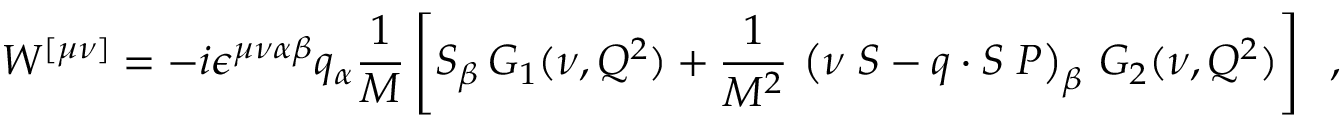
W ^ { [ \mu \nu ] } = - i \epsilon ^ { \mu \nu \alpha \beta } q _ { \alpha } { \frac { 1 } { M } } \left\lbrack S _ { \beta } \, G _ { 1 } ( \nu , Q ^ { 2 } ) + { \frac { 1 } { M ^ { 2 } } } \, \left( \nu \; S - q \cdot S \; P \right) _ { \beta } \, G _ { 2 } ( \nu , Q ^ { 2 } ) \right\rbrack \; \; ,